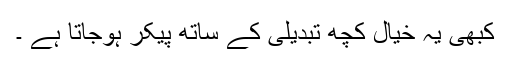
کبھی یہ خیال کچھ تبدیلی کے ساتھ پیکر ہوجاتا ہے ۔